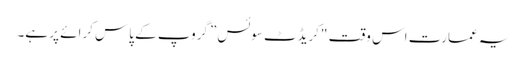
یہ عمارت اس وقت "کریڈٹ سوئس” گروپ کے پاس کرائے پر ہے۔